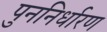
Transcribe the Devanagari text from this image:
पुननिर्धारण